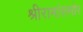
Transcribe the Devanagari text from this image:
श्रीरामांसमोर